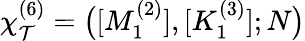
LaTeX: \chi_{\mathcal{T}}^{(6)}=\big([M_{1}^{(2)}],[K_{1}^{(3)}];N\big)